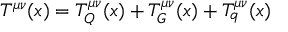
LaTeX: T ^ { \mu \nu } ( x ) = T _ { Q } ^ { \mu \nu } ( x ) + T _ { G } ^ { \mu \nu } ( x ) + T _ { q } ^ { \mu \nu } ( x )